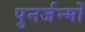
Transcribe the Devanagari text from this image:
पुनर्जन्मों